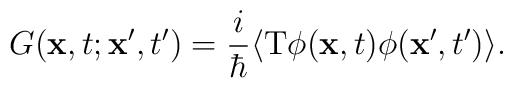
G({\bf x},t;{\bf x'},t')={i\over\hbar}\langle{\rm T}\phi({\bf x},t)\phi({\bf x'},t')\rangle.